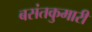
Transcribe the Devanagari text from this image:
बसंतकुमारी